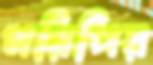
গরিপির